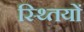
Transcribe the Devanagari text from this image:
स्थ्तियों